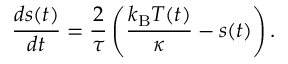
\frac { d s ( t ) } { d t } = \frac { 2 } { \tau } \left( \frac { k _ { \mathrm { B } } T ( t ) } { \kappa } - s ( t ) \right) .